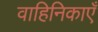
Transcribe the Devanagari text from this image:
वाहिनिकाएँ